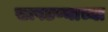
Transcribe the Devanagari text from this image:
सापडण्याच्या